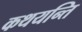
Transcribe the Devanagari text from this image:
कथयन्ति